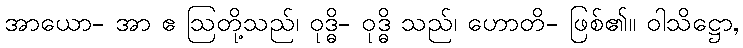
အာယော- အာ ဧ ဩတို့သည်၊ ဝုဒ္ဓိ- ဝုဒ္ဓိ သည်၊ ဟောတိ- ဖြစ်၏။ ဝါသိဋ္ဌော,